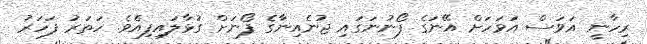
ރިހާނީ އަވަސް އަވަހަށް އޭނަގެ ފޯނުނަގައި ޖުނެއިނާގެ ފޯނަށް ގުޅާލައިފިއެވެ. ހަތަރު ފަހަރު